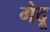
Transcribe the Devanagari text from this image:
गेदू